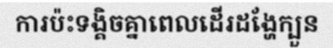
ការប៉ះទង្គិចគ្នាពេលដើរដង្ហែក្បួន